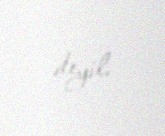
deyil.